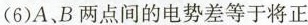
(6)A、B两点间的电势差等于将正